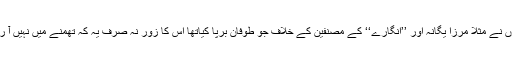
مذہبی جذبات کو ٹھیس پہنچنے کے نام پرمولانا عبدالماجد دریابادی جیسے لوگوں نے مثلاً مرزا یگانہ اور ’’انگارے‘‘ کے مصنّفین کے خلاف جو طوفان برپا کیاتھا اس کا زور نہ صرف یہ کہ تھمنے میں نہیں آ رہا بلکہ اب تو عدم رواداری کا یہ طوفان ہماری نمایاں تہذیبی شناخت بن گیا ہے۔